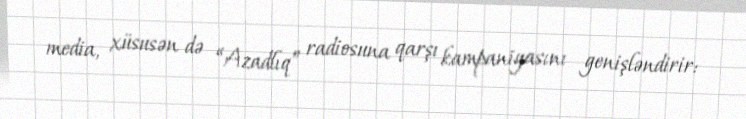
media, xüsusən də “Azadlıq” radiosuna qarşı kampaniyasını genişləndirir: